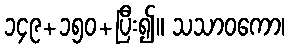
၁၄၉+၁၅၀+ပြီး၍။ သသာဝကော၊